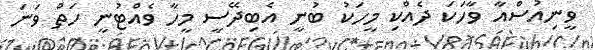
ވީނިއުސްއާ ވާހަކަ ދެއްކި މީހަކު ބުނީ އެބިދޭސީ މީހާ ވެއްޓުނީ ހަތް ވަނަ